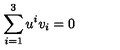
\sum _ { i = 1 } ^ { 3 } u ^ { i } v _ { i } = 0